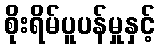
စိုးရိမ်ပူပန်မှုနှင့်